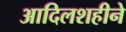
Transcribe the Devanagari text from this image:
आदिलशहीने